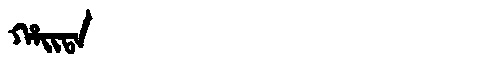
Manchu: ᡥᠠᡳᡨᠠ
Romanization: HAITA